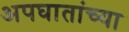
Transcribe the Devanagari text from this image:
अपघातांच्या